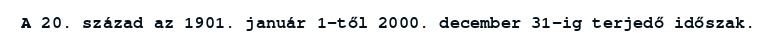
A 20. század az 1901. január 1-től 2000. december 31-ig terjedő időszak.